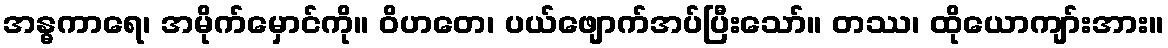
အန္ဓကာရေ၊ အမိုက်မှောင်ကို။ ဝိဟတေ၊ ပယ်ဖျောက်အပ်ပြီးသော်။ တဿ၊ ထိုယောကျာ်းအား။